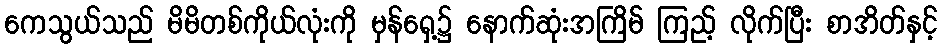
ကေသွယ်သည် မိမိတစ်ကိုယ်လုံးကို မှန်ရှေ့၌ နောက်ဆုံးအကြိမ် ကြည့် လိုက်ပြီး စာအိတ်နှင့်